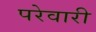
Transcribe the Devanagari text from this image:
परेवारी